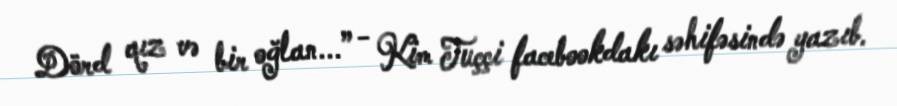
Dörd qız və bir oğlan...” - Kim Tuççi facebookdakı səhifəsində yazıb.